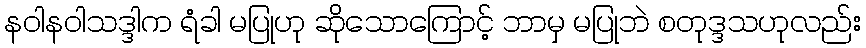
နဝါနဝါသဒ္ဒါက ရံခါ မပြုဟု ဆိုသောကြောင့် ဘာမှ မပြုဘဲ စတုဒ္ဒသဟုလည်း